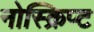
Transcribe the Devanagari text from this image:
नोस्क्रिप्ट